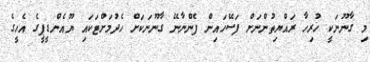
މި ގާނޫނަކީ ހުރިހާ ރައްޔިތުންނަށް ފަސޭހައިން ފެންނާނޭ ގާނޫނަކަށް ހެދުމަށްޓަކައި ޔޫއެންޑީޕީގެ އެހީގެ